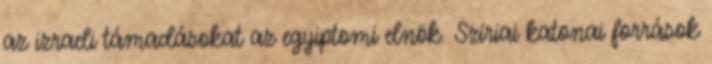
az izraeli támadásokat az egyiptomi elnök. Szíriai katonai források